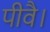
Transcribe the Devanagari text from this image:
पीवै।